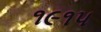
૧૯૧૫